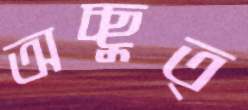
অচ্ছুত্